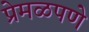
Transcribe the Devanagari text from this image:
प्रेमळपणे